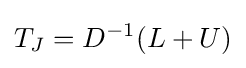
T_{J}=D^{-1}(L+U)